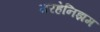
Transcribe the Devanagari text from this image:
मरहेनिझम